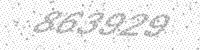
Solution: 863929